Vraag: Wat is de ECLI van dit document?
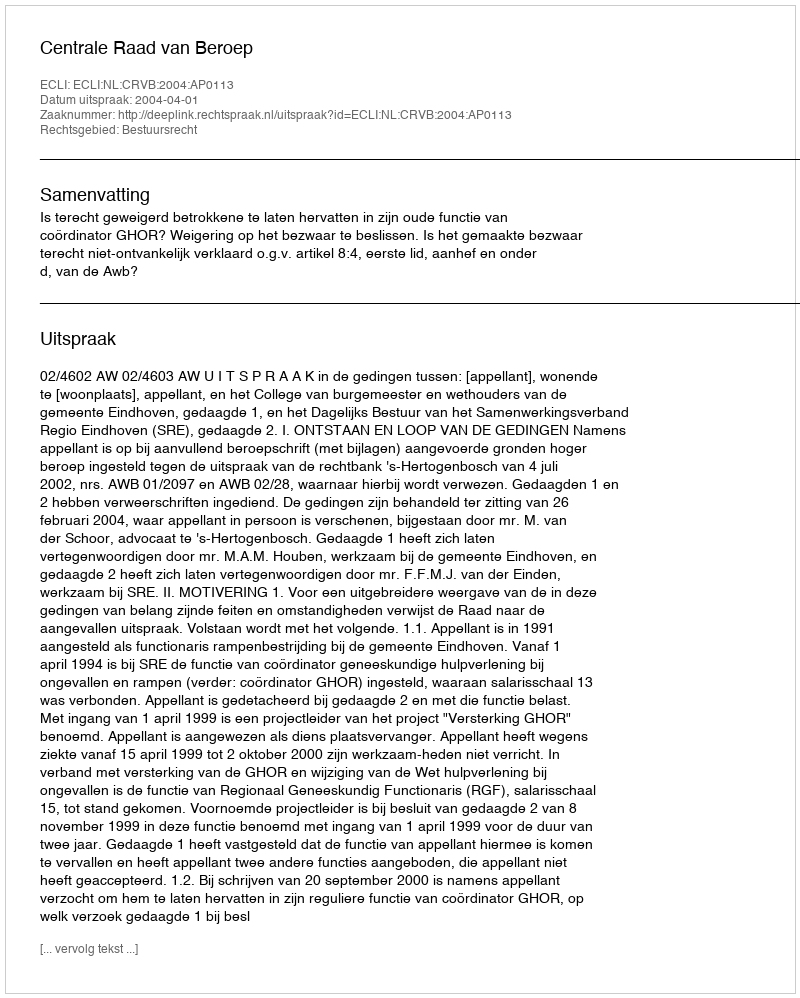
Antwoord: ECLI:NL:CRVB:2004:AP0113